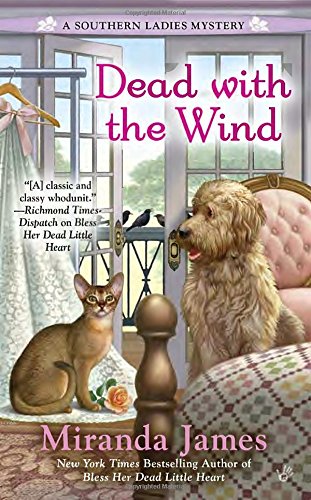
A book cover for Dead with the Wind (A Southern Ladies Mystery); Miranda James; Mystery, Thriller & Suspense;